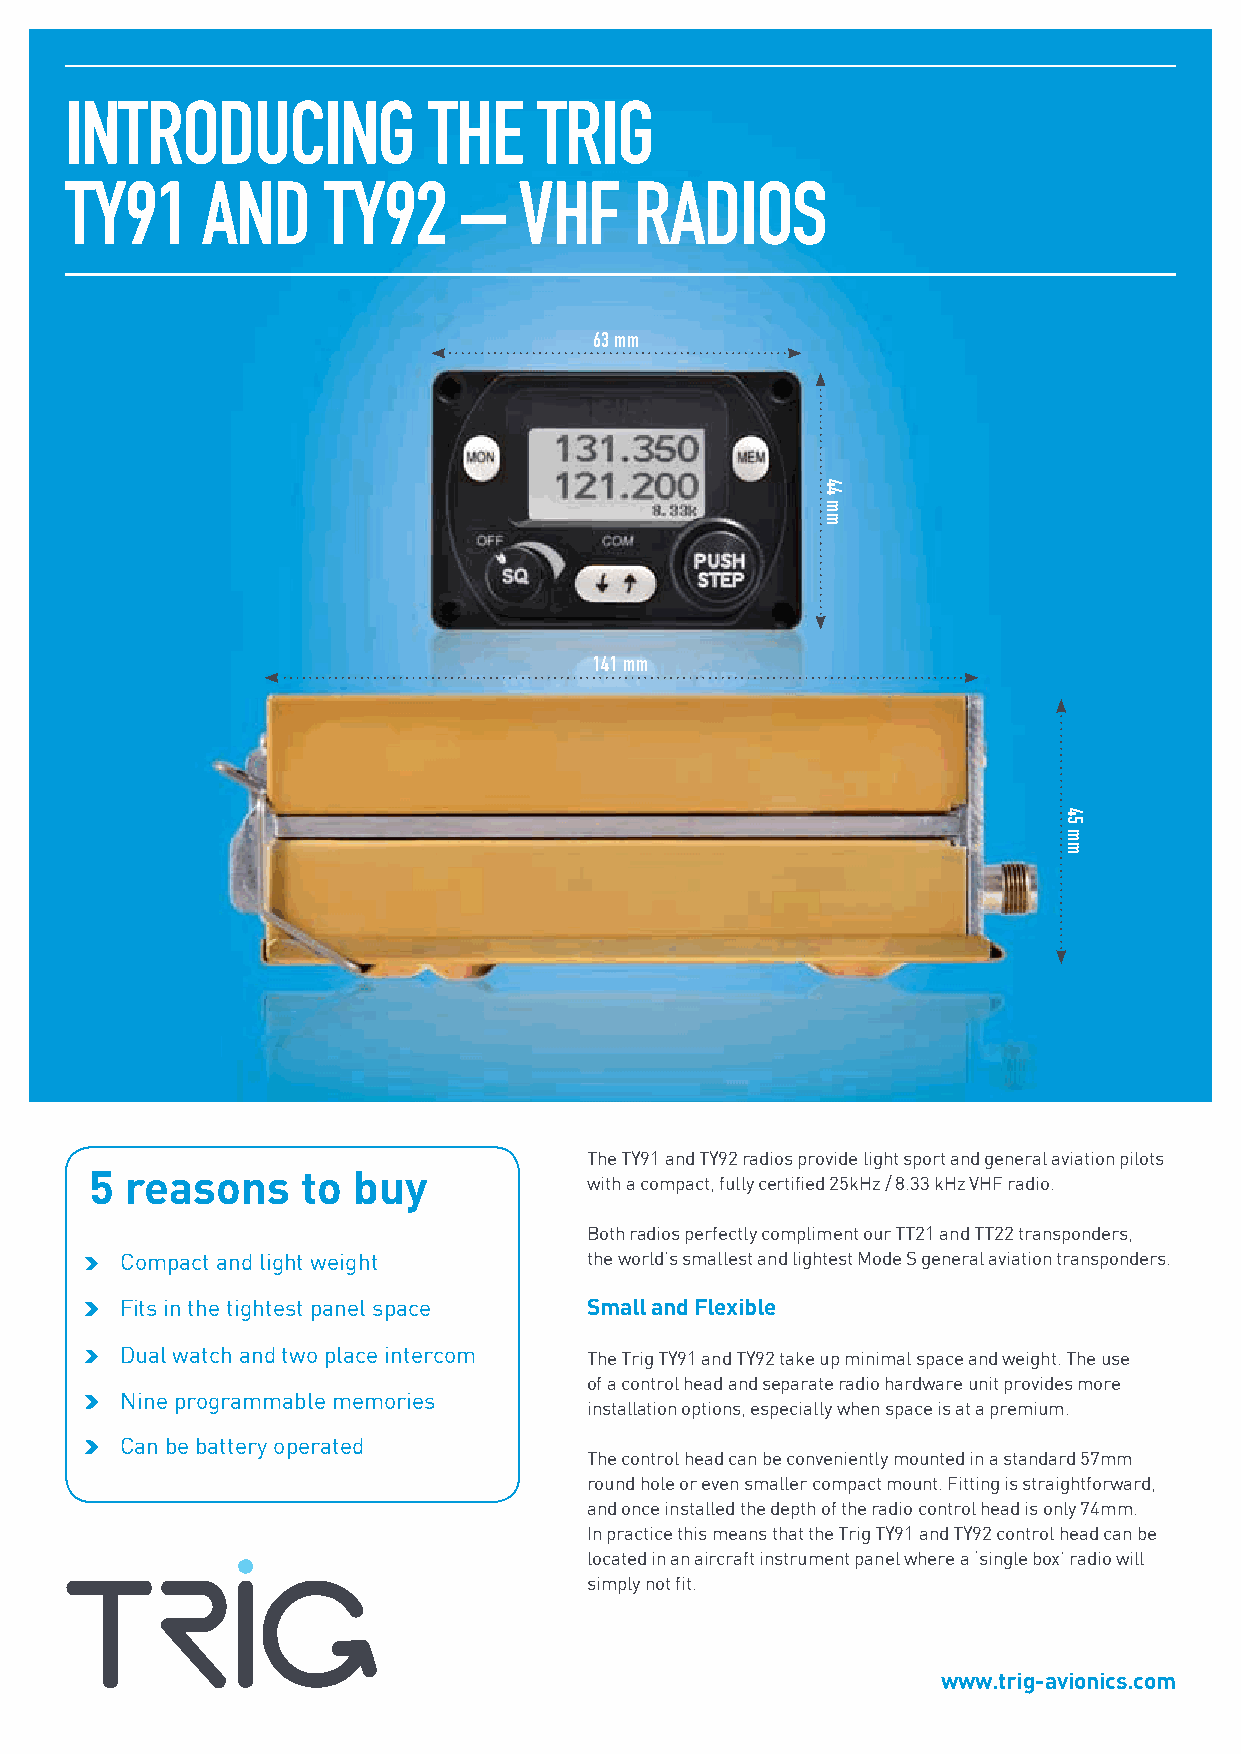
INTRODUCING             THE     TRIG
 TY91     AND     TY92      –  VHF     RADIOS
 63 mm
 141 mm
 The TY91 and TY92 radios provide light sport and general aviation pilots
 5 reasons     to buy
 with a compact, fully certified 25kHz / 8.33 kHz VHF radio.
 Both radios perfectly compliment our TT21 and TT22 transponders,
 Compact and light weight       the world’s smallest and lightest Mode S general aviation transponders.
 Fits in the tightest panel space Small and Flexible
 Dual watch and two place intercom The Trig TY91 and TY92 take up minimal space and weight. The use
 of a control head and separate radio hardware unit provides more
 Nine programmable memories
 installation options, especially when space is at a premium.
 Can be battery operated
 The control head can be conveniently mounted in a standard 57mm
 round hole or even smaller compact mount. Fitting is straightforward,
 and once installed the depth of the radio control head is only 74mm.
 In practice this means that the Trig TY91 and TY92 control head can be
 located in an aircraft instrument panel where a ‘single box’ radio will
 simply not fit.
 www.trig-avionics.com
 44
 mm
 45
 mm